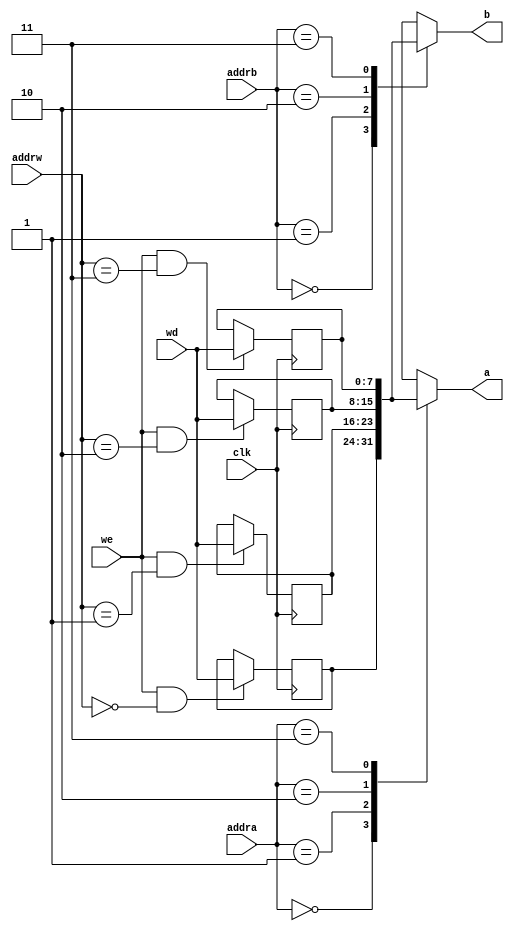
/*
/ Descriere Verilog pentru un set de 4 registre de 8 biti fiecare
*/

module register_file(
	input clk,
	input [1:0] addra,
	input [1:0] addrb,
	input [1:0] addrw,
	input we,
	input [7:0] wd,

	output reg [7:0] a, 
	output reg [7:0] b

    );

reg [7:0] r0;
reg [7:0] r1;
reg [7:0] r2;
reg [7:0] r3;


always @(posedge clk) begin
	if(we & (addrw == 0)) r0 <= wd;
	else r0 <= r0;
	
	if(we & (addrw == 1)) r1 <= wd;
	else r1 <= r1;
	
	if(we & (addrw == 2)) r2 <= wd;
	else r2 <= r2;
	
	if(we & (addrw == 3)) r3 <= wd;
	else r3 <= r3;

	
	
end

//multiplexor de citire pentru iesirea a
always @(*)
	case(addra)
		0: a = r0;
		1: a = r1;
		2: a = r2;
		3: a = r3;
	endcase

//multiplexor de citire pentru iesirea b
always @(*)
	case(addrb)
		0: b = r0;
		1: b = r1;
		2: b = r2;
		3: b = r3;
	endcase

	
endmodule